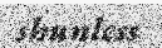
shunless